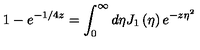
1 - e ^ { - 1 / 4 z } = \int _ { 0 } ^ { \infty } d \eta J _ { 1 } \left( \eta \right) e ^ { - z \eta ^ { 2 } }